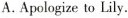
A.Apologize to Lily.